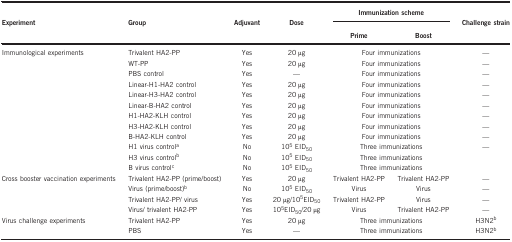
<table><thead><tr><td><b>Experiment</b></td><td><b>Group</b></td><td><b>Adjuvant</b></td><td><b>Dose</b></td><td colspan="2"><b>Immunization scheme</b></td><td><b>Challenge strain</b></td></tr><tr><td><b> </b></td><td><b> </b></td><td><b> </b></td><td><b> </b></td><td><b>Prime</b></td><td><b>Boost</b></td><td><b> </b></td></tr></thead><tbody><tr><td>Immunological experiments</td><td>Trivalent HA2-PP</td><td>Yes</td><td>20 μg</td><td colspan="2">Four immunizations</td><td>—</td></tr><tr><td> </td><td>WT-PP</td><td>Yes</td><td>20 μg</td><td colspan="2">Four immunizations</td><td>—</td></tr><tr><td> </td><td>PBS control</td><td>Yes</td><td>—</td><td colspan="2">Four immunizations</td><td>—</td></tr><tr><td> </td><td>Linear-H1-HA2 control</td><td>Yes</td><td>20 μg</td><td colspan="2">Four immunizations</td><td>—</td></tr><tr><td> </td><td>Linear-H3-HA2 control</td><td>Yes</td><td>20 μg</td><td colspan="2">Four immunizations</td><td>—</td></tr><tr><td> </td><td>Linear-B-HA2 control</td><td>Yes</td><td>20 μg</td><td colspan="2">Four immunizations</td><td>—</td></tr><tr><td> </td><td>H1-HA2-KLH control</td><td>Yes</td><td>20 μg</td><td colspan="2">Four immunizations</td><td>—</td></tr><tr><td> </td><td>H3-HA2-KLH control</td><td>Yes</td><td>20 μg</td><td colspan="2">Four immunizations</td><td>—</td></tr><tr><td> </td><td>B-HA2-KLH control</td><td>Yes</td><td>20 μg</td><td colspan="2">Four immunizations</td><td>—</td></tr><tr><td> </td><td>H1 virus controla</td><td>No</td><td>10<sup>5</sup> EID<sub>50</sub></td><td colspan="2">Three immunizations</td><td>—</td></tr><tr><td> </td><td>H3 virus controlb</td><td>No</td><td>10<sup>5</sup> EID<sub>50</sub></td><td colspan="2">Three immunizations</td><td> </td></tr><tr><td> </td><td>B virus controlc</td><td>No</td><td>10<sup>5</sup> EID<sub>50</sub></td><td colspan="2">Three immunizations</td><td> </td></tr><tr><td>Cross booster vaccination experiments</td><td>Trivalent HA2-PP (prime/boost)</td><td>Yes</td><td>20 μg</td><td>Trivalent HA2-PP</td><td>Trivalent HA2-PP</td><td>—</td></tr><tr><td> </td><td>Virus (prime/boost)b</td><td>No</td><td>10<sup>5</sup> EID<sub>50</sub></td><td>Virus</td><td>Virus</td><td>—</td></tr><tr><td> </td><td>Trivalent HA2-PP/ virus</td><td>Yes</td><td>20 μg/10<sup>5</sup>EID<sub>50</sub></td><td>Trivalent HA2-PP</td><td>Virus</td><td>—</td></tr><tr><td> </td><td>Virus/ trivalent HA2-PP</td><td>Yes</td><td>10<sup>5</sup>EID<sub>50</sub>/20 μg</td><td>Virus</td><td>Trivalent HA2-PP</td><td>—</td></tr><tr><td>Virus challenge experiments</td><td>Trivalent HA2-PP</td><td>Yes</td><td>20 μg</td><td colspan="2">Three immunizations</td><td>H3N2b</td></tr><tr><td> </td><td>PBS</td><td>Yes</td><td>—</td><td colspan="2">Three immunizations</td><td>H3N2b</td></tr></tbody></table>